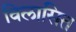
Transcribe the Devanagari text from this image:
विलासित